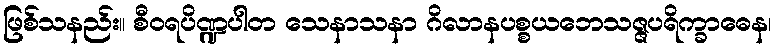
ဖြစ်သနည်း။ စီဝရပိဏ္ဍပါတ သေနာသနာ ဂိလာနပစ္စယဘေသဇ္ဇပရိက္ခာဓေန၊